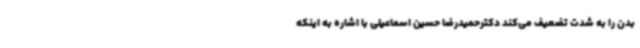
بدن را به شدت تضعیف می‌کند دکترحمیدرضا حسین اسماعیلی با اشاره به اینکه